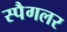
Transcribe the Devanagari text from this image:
स्पैगलर